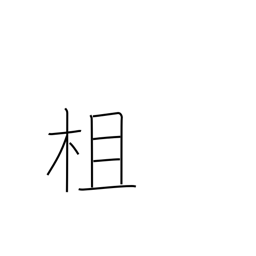
Meaning: railing